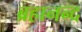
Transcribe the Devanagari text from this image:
ब्रहानन्द